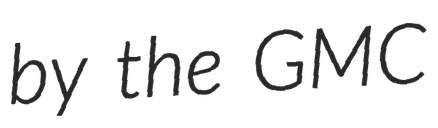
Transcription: by the GMC